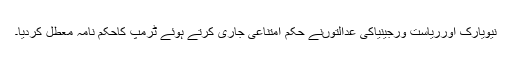
نیویارک اورریاست ورجینیاکی عدالتوںنے حکم امتناعی جاری کرتے ہوئے ٹرمپ کاحکم نامہ معطل کردیا۔